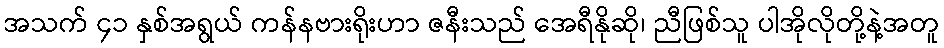
အသက် ၄၁ နှစ်အရွယ် ကန်နဗားရိုးဟာ ဇနီးသည် အေရီနိုဆို၊ ညီဖြစ်သူ ပါအိုလိုတို့နဲ့အတူ